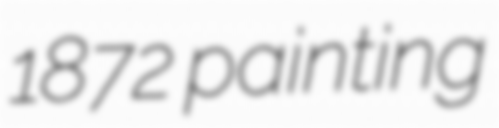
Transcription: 1872 painting